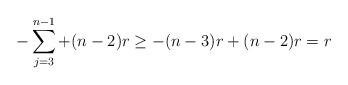
LaTeX: \begin{align*}- \sum\limits_{j=3}^{n-1} + (n-2)r \geq -(n-3)r + (n-2)r = r\end{align*}